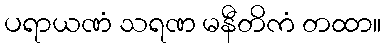
ပရာယဏံ သရဏ မနီတိကံ တထာ။